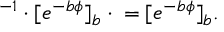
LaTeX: \SS ^ { - 1 } \cdot [ e ^ { - b \phi } ] _ { b } \cdot \SS = [ e ^ { - b \phi } ] _ { b } .